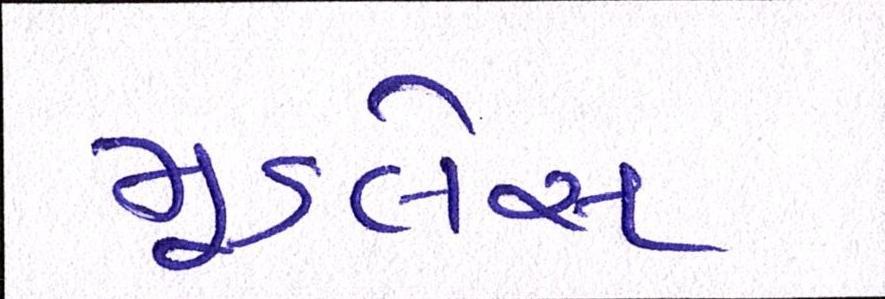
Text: મૂડલેસ